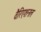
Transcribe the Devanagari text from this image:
वैरिएशनल